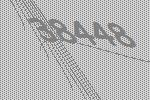
38448